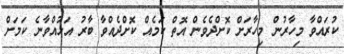
ކުރައްވާ މިހާރުން މިހާރަށް ކޮށްދެވެން އޮތް ކަމެއް ކޮށްދެއްވާ ބާރު އަޅުއްވާނެ ކަމަށް